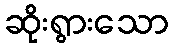
ဆိုးရွားသော